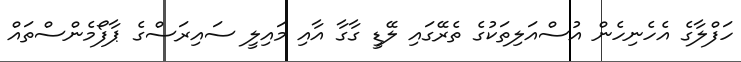
ހަފްލާގެ އެހެނިހެން އުސްއަލިތަކުގެ ތެރޭގައި ލޭޑީ ގާގާ އާއި މައިލީ ސައިރަސްގެ ޕާފޯމެންސްތައް